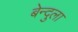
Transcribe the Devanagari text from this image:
बेन्दुला